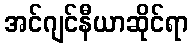
အင်ဂျင်နီယာဆိုင်ရာ